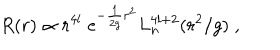
R ( r ) \propto r ^ { 4 l } \; \mathrm { e } ^ { - \frac { 1 } { 2 g } r ^ { 2 } } L _ { n } ^ { 4 l + 2 } ( r ^ { 2 } / g ) \; ,